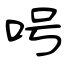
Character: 呺